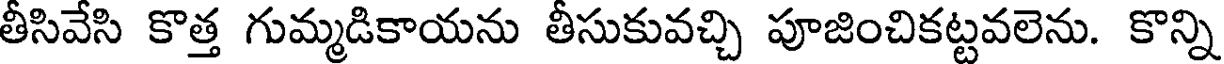
తీసివేసి కొత్త గుమ్మడికాయను తీసుకువచ్చి పూజించికట్టవలెను. కొన్ని